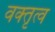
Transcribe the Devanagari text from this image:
वक्‍तृत्व